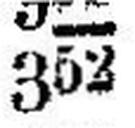
362